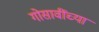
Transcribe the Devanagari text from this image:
गोसावींच्या